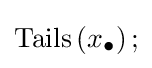
\operatorname {Tails} \left(x_{\bullet }\right);